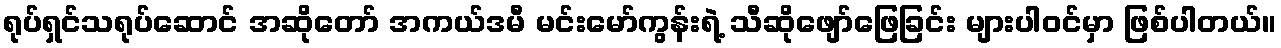
ရုပ်ရှင်သရုပ်ဆောင် အဆိုတော် အကယ်ဒမီ မင်းမော်ကွန်းရဲ့ သီဆိုဖျော်ဖြေခြင်း များပါဝင်မှာ ဖြစ်ပါတယ်။